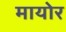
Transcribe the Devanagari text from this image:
मायोर